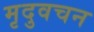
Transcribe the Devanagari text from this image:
मृदुवचन